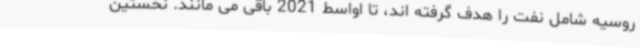
روسیه شامل نفت را هدف گرفته اند، تا اواسط 2021 باقی می مانند. نخستین